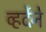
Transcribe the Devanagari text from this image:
व्हर्देने